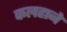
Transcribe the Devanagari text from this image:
कलहाने